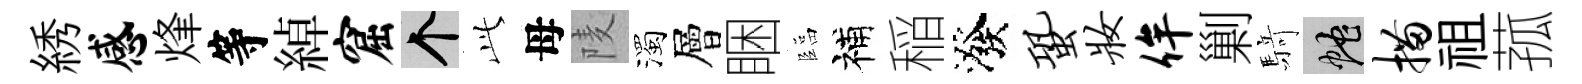
綉感烽等綽窟个𬼘母𨹧濁層睏臨補稲潑蛩妆侔剿𮪍蛇描祖菰